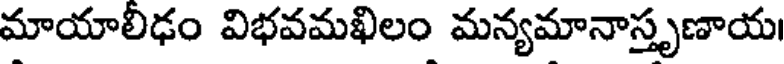
మాయాలీఢం విభవమఖిలం మన్యమానాస్తృణాయ